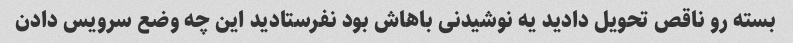
بسته رو ناقص تحویل دادید یه نوشیدنی باهاش بود نفرستادید این چه وضع سرویس دادن